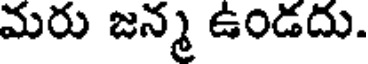
మరు జన్మ ఉండదు.